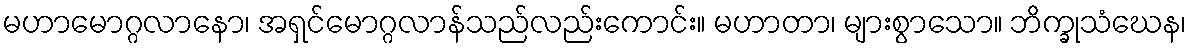
မဟာမောဂ္ဂလာနော၊ အရှင်မောဂ္ဂလာန်သည်လည်းကောင်း။ မဟာတာ၊ များစွာသော။ ဘိက္ခုသံဃေန၊